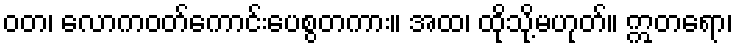
ဝတ၊ လောကဝတ်ကောင်းပေစွတကား။ အထ၊ ထိုသို့မဟုတ်။ ဣတရော၊